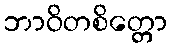
ဘာဝိတစိတ္တော